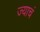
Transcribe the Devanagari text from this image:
ज्याचं